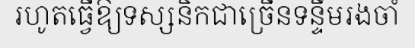
រហូតធ្វើឱ្យទស្សនិកជាច្រើនទន្ទឹមរងចាំ